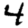
Digit: 4